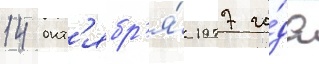
14 окт'ябр'я́ 1977 го́да